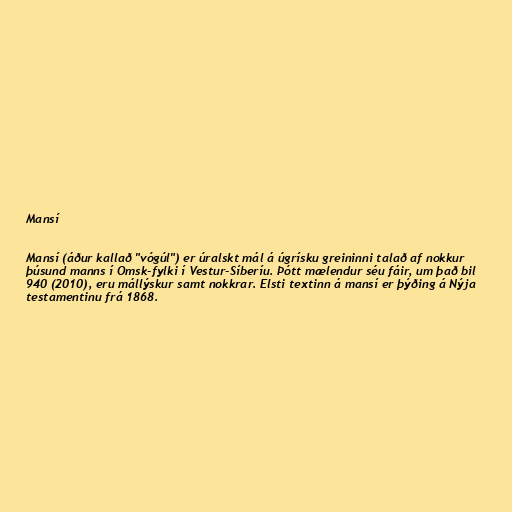
Mansí

Mansí (áður kallað "vógúl") er úralskt mál á úgrísku greininni talað af nokkur
þúsund manns í Omsk-fylki í Vestur-Síberíu. Þótt mælendur séu fáir, um það bil
940 (2010), eru mállýskur samt nokkrar. Elsti textinn á mansí er þýðing á Nýja
testamentinu frá 1868.